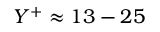
Y ^ { + } \approx 1 3 - 2 5